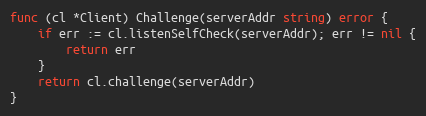
Language: Go
func (cl *Client) Challenge(serverAddr string) error {
	if err := cl.listenSelfCheck(serverAddr); err != nil {
		return err
	}
	return cl.challenge(serverAddr)
}